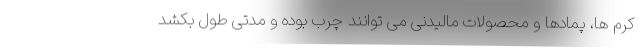
کرم ها، پمادها و محصولات مالیدنی می توانند چرب بوده و مدتی طول بکشد